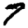
Digit: 7